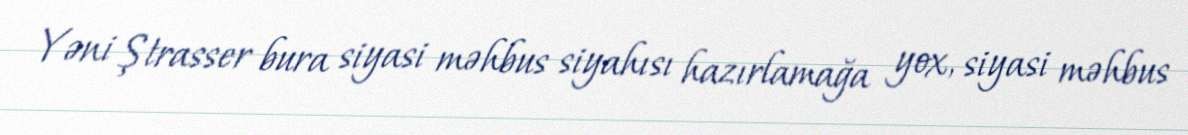
Yəni Ştrasser bura siyasi məhbus siyahısı hazırlamağa yox, siyasi məhbus